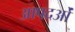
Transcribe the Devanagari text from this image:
आपदओं